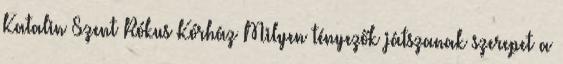
Katalin Szent Rókus Kórház Milyen tényezők játszanak szerepet a